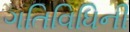
ગતિવિધિની